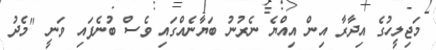
މަޖިލީހުގެ އިދާރާ އިން އިއްޔެ ނެރުނު ބަޔާނެއްގައި ވެސް ބުނެފައި ވަނީ "މެދު